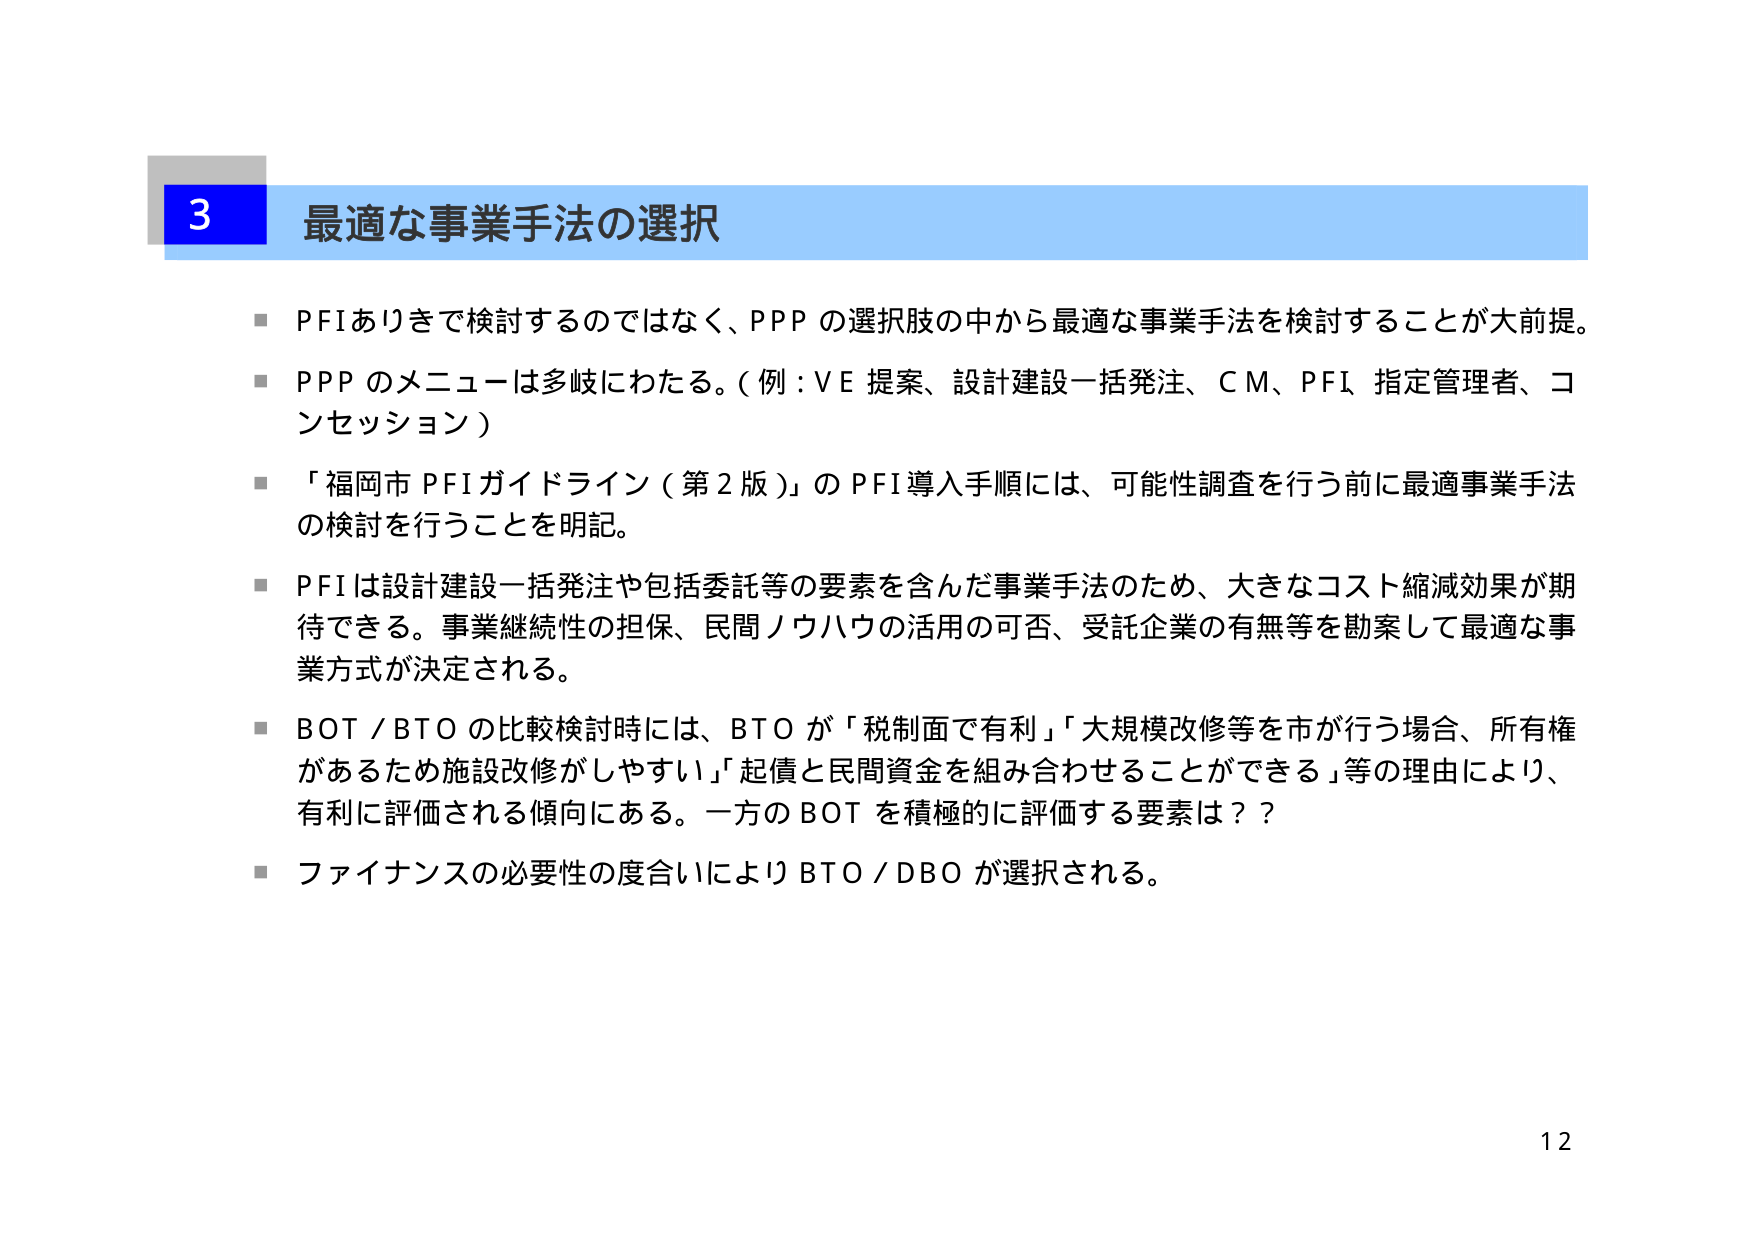
3 最適な事業手法の選択

■ PFIありきで検討するのではなく、PPP の選択肢の中から最適な事業手法を検討することが大前提。

■ PPP のメニューは多岐にわたる。（例：VE 提案、設計建設一括発注、CM、PFI、指定管理者、コンセッション）

■ 「福岡市 PFI ガイドライン（第2版）」の PFI 導入手順には、可能性調査を行う前に最適事業手法の検討を行うことを明記。

■ PFI は設計建設一括発注や包括委託等の要素を含んだ事業手法のため、大きなコスト縮減効果が期待できる。事業継続性の担保、民間ノウハウの活用の可否、受託企業の有無等を勘案して最適な事業方式が決定される。

■ BOT / BTO の比較検討時には、BTO が「税制面で有利」「大規模改修等を市が行う場合、所有権があるため施設改修がしやすい」「起債と民間資金を組み合わせることができる」等の理由により、有利に評価される傾向にある。一方の BOT を積極的に評価する要素は？？

■ ファイナンスの必要性の度合いにより BTO / DBO が選択される。

12